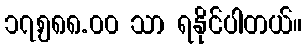
၁၇,၅၈၈.၀၀ သာ ရနိုင်ပါတယ်။